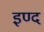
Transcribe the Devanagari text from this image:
इण्द